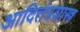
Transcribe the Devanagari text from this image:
आदितंत्रशास्त्र